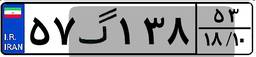
۵۷گ۱۳۸۵۳